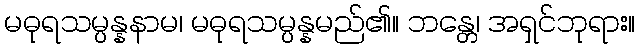
မဓုရသမ္ပန္နနာမ၊ မဓုရသမ္ပန္နမည်၏။ ဘန္တေ၊ အရှင်ဘုရား။